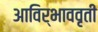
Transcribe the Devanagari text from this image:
आविर्भाववृती